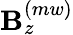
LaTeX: \mathbf{B}_{z}^{(mw)}